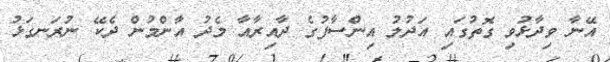
އޭނާ ވިދާޅުވި ގޮތުގައި އަދުލު އިންސާފުގެ ދާއިރާއާ މެދު އާންމުން ދެކޭ ނުރަނގަޅު